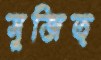
সুজিত্